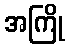
အကြို